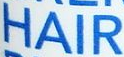
HAIR